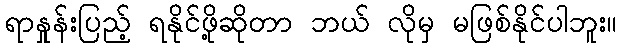
ရာနှုန်းပြည့် ရနိုင်ဖို့ဆိုတာ ဘယ် လိုမှ မဖြစ်နိုင်ပါဘူး။